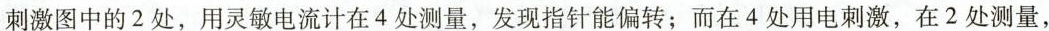
第16题图刺激图中的2处，用灵敏电流计在4处测量，发现指针能偏转；而在4处用电刺激，在2处测量，